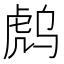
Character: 𰲟